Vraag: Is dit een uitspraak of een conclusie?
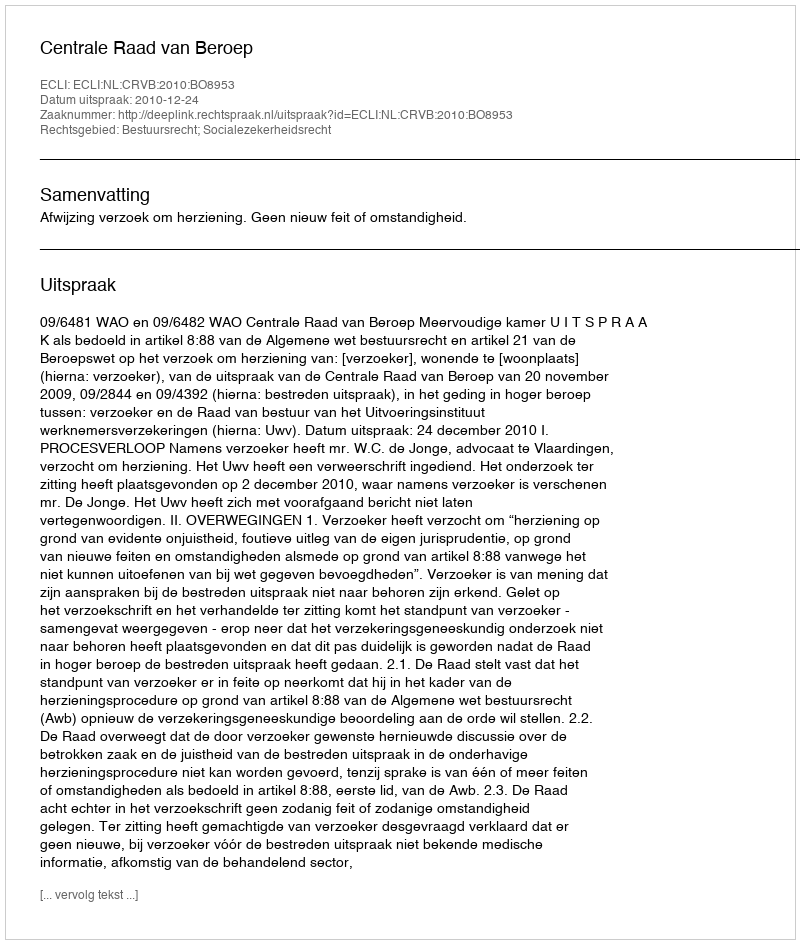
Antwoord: Uitspraak